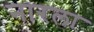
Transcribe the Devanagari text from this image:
नारला